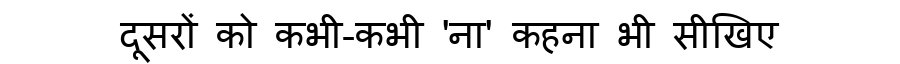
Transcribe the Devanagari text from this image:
दूसरों को कभी-कभी 'ना' कहना भी सीखिए